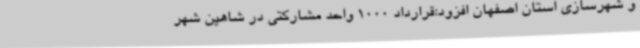
و شهرسازی استان اصفهان افزود:قرارداد 1000 واحد مشارکتی در شاهین شهر